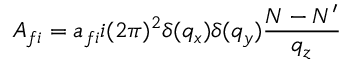
A _ { f i } = a _ { f i } i ( 2 \pi ) ^ { 2 } \delta ( q _ { x } ) \delta ( q _ { y } ) \frac { N - N ^ { \prime } } { q _ { z } }